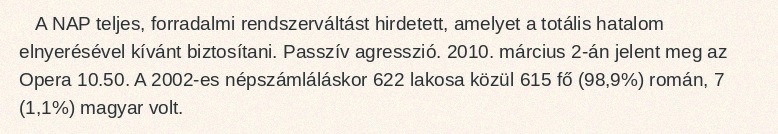
A NAP teljes, forradalmi rendszerváltást hirdetett, amelyet a totális hatalom elnyerésével kívánt biztosítani. Passzív agresszió. 2010. március 2-án jelent meg az Opera 10.50. A 2002-es népszámláláskor 622 lakosa közül 615 fő (98,9%) román, 7 (1,1%) magyar volt.